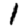
Digit: 1